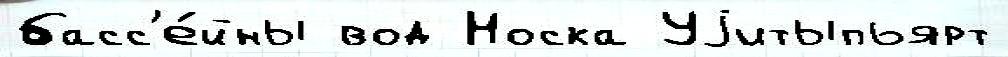
басс'е́йны вод Носка Уjитыпьярт